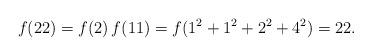
LaTeX: \begin{align*}f(22) = f(2)\,f(11) = f(1^2+1^2+2^2+4^2) = 22.\end{align*}